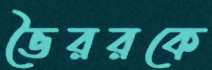
ভৈররকে